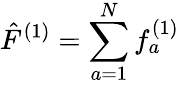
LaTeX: \hat{F}^{(1)}=\sum_{a=1}^{N}f_{a}^{(1)}